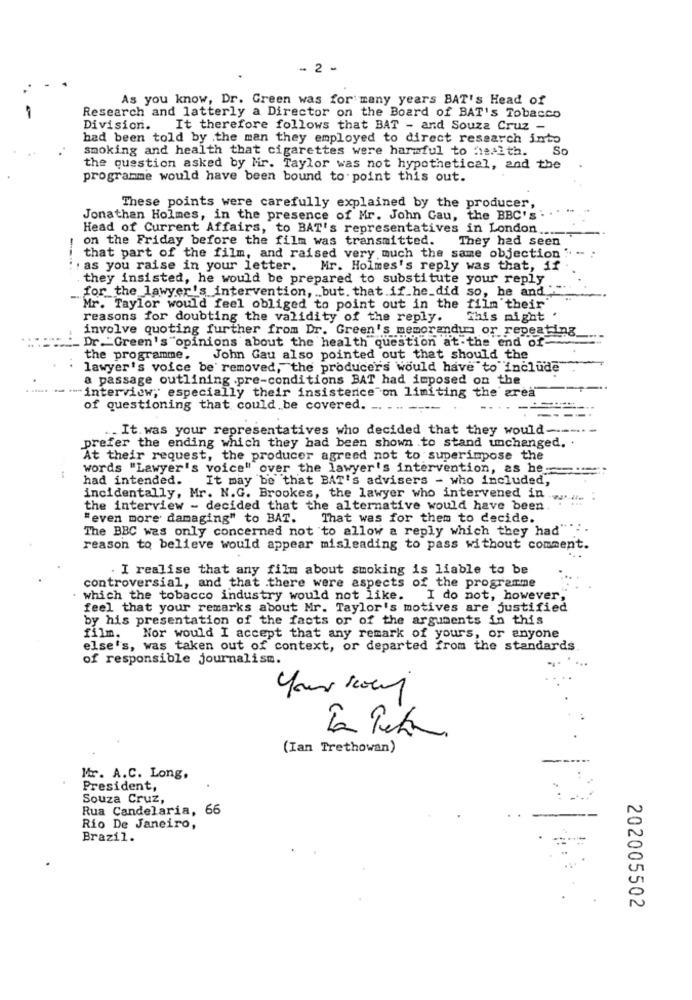
- 2 -
As you know, Dr. Green was for many years BAT's Head of
Research and latterly a Director on the Board of BAT's Tobacco
Division.
It therefore follows that BAT - and Souza Cruz -
had been told by .the man they employed to direct research into
smoking and health that cigarettes were harmful to health. So
the question asked by Mir. Taylor was not hypothetical, and the
programme would have been bound to point this out.
These points were carefully explained by the producer,
Jonathan Holmes, in the presence of Mr. John Gau, the BBC's
Head of Current Affairs, to BAT's representatives in London
on the Friday before the film was transmitted.
They had seen
---
that part of the film, and raised very much the same objection
. as you raise in your letter.
Mr. Holmes's reply was that, if
they insisted, he would be prepared to substitute your reply
for the lawyer's intervention, but. that if he_did so, he and
Mr. Taylor would feel obliged to point out in the film their
reasons for doubting the validity of the reply.
This night
involve quoting further from Dr. Green's memorandum or repeating
Dr."Green's "opinions about the health question at the end of-
the programme.
John Gau also pointed out that should the
lawyer's voice be removed, the producers would have to include
a passage outlining .pre-conditions BAT had imposed on the
-
"" "interview, especially their insistence on limiting the area
of questioning that could be covered.
... It.was your representatives who decided that they would ---
prefer the ending which they had been shown to stand unchanged. .
At their request, the producer agreed not to superimpose the
words "Lawyer's voice" over the lawyer's intervention, as he-
had intended.
It may be that BAT's advisers - who included,
incidentally, Mr. N.G. Brookes, the lawyer who intervened in .
the interview - decided that the alternative would have been
"even more damaging" to BAT.
That was for them to decide.
The BBC was only concerned not to allow a reply which they had"
reason to believe would appear misleading to pass without comment.
. I realise that any film about smoking is liable to be
controversial, and that there were aspects of the programme
which the tobacco industry would not like.
I do not, however,
feel that your remarks about Mr. Taylor's motives are justified
by his presentation of the facts or of the arguments in this
film.
Nor would I accept that any remark of yours, or anyone
else's, was taken out of context, or departed from the standards
of responsible journalism.
your kowy
(Ian Trethowan)
Mr. A.C. Long,
President,
Souza Cruz,
Rua Candelaria, 66
Rio De Janeiro,
Brazil.
202005502